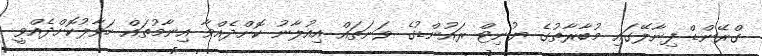
ގްރޭންޑް ފިނާލޭގައި މުބާރާތުގެ ޔުނިޓް ރައުންޑުގެ ވަނަތައް އިއުލާނު ކޮށްދެއްވާ އިނާމުތައް ހަވާލުކޮށްދެއްވީ